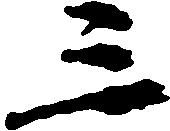
三